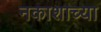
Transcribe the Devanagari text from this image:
नकाशाच्या